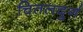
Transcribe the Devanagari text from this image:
चितलदुर्ग